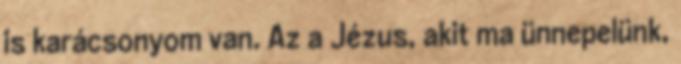
is karácsonyom van. Az a Jézus, akit ma ünnepelünk,